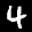
Label: 4